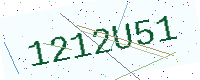
Text: 1212U51